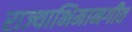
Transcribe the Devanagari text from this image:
राज्याभिमानगीत